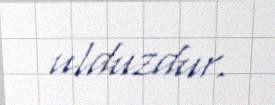
ulduzdur.